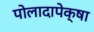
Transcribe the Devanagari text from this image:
पोलादापेक्षा